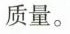
质量。